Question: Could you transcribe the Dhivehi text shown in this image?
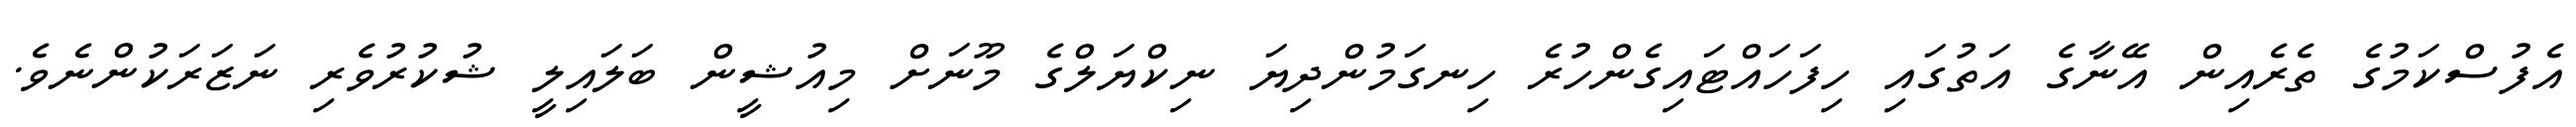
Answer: އެފުސްކަމުގެ ތެރެއިން އޭނާގެ އަތުގައި ހިފަހައްޓައިގެންހުރެ ހިނގަމުންދިޔަ ނިކްޔަލްގެ މޫނަށް މިއުޝީން ބަލައިލީ ޝުކުރުވެރި ނަޒަރަކުންނެވެ.